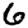
Digit: 6